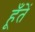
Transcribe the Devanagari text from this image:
हूँतें